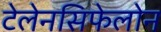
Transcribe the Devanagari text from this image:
टेलेनसिफेलोन